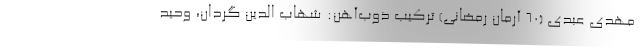
مهدی عبدی (۶۰ آرمان رمضانی) ترکیب ذوب‌آهن: شهاب الدین گردان، وحید